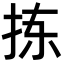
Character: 拣